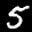
Label: 5